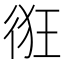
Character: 𢓯